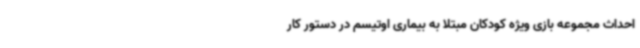
احداث مجموعه بازی ویژه کودکان مبتلا به بیماری اوتیسم در دستور کار